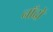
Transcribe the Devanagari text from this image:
नाँदों